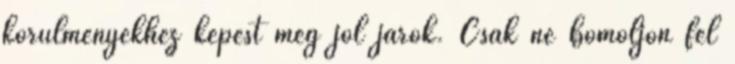
körülményekhez képest még jól járok. Csak ne bomoljon fel